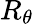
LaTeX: R_{\theta}